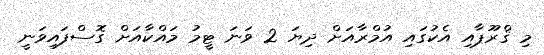
މި ޤްރޫޕާއި އެކުގައި އުމްރާއަށް ދިޔަ 2 ވަނަ ޓީމު މައްކާއަށް ގޮސްފައިވަނީ